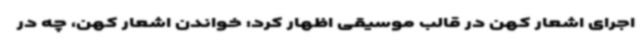
اجرای اشعار کهن در قالب موسیقی اظهار کرد: خواندن اشعار کهن، چه در